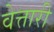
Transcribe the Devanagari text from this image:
वेत्तारी